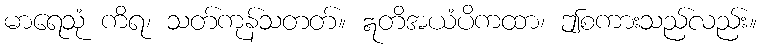
မာရေသုံ ကိရ၊ သတ်ကုန်သတတ်။ ဣတိအယံပိကထာ၊ ဤစကားသည်လည်း။